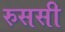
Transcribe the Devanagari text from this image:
रुससी